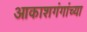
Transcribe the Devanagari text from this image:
आकाशगंगांच्या